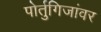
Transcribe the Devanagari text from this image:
पोर्तुगिजांवर